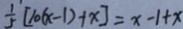
\frac { 1 } { 5 } [ 1 0 ( x - 1 ) + x ] = x - 1 + x